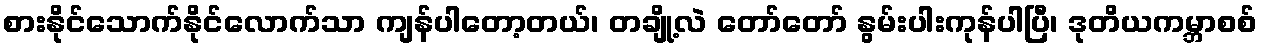
စားနိုင်သောက်နိုင်လောက်သာ ကျန်ပါတော့တယ်၊ တချို့လဲ တော်တော် နွမ်းပါးကုန်ပါပြီ၊ ဒုတိယကမ္ဘာစစ်